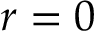
r = 0